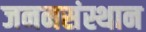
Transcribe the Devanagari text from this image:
जननसंस्थान